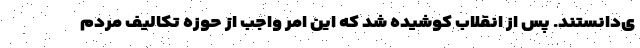
ی‌دانستند. پس از انقلاب کوشیده شد که این امر واجب از حوزه تکالیف مردم